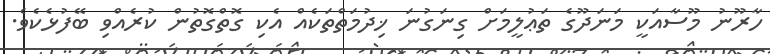
ހާރޫނު މޫސާއަކީ މަނަދޫގެ ތަޢުލީމަށް ގިނަގުނަ ޚިދުމަތްތަކެއް އެކި ގޮތްގޮތުން ކުރެއްވި ބޭފުޅެކެވެ.